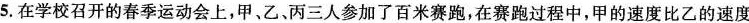
5.在学校召开的春季运动会上，甲、乙、丙三人参加了百米赛跑，在赛跑过程中，甲的速度比乙的速度